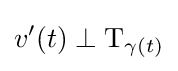
v'(t)\perp \mathrm {T} _{\gamma (t)}